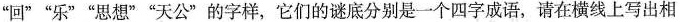
”回””乐””思想””天公”的字样，它们的谜底分别是一个四字成语，请在横线上写出相